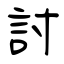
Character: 詂